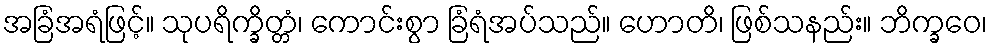
အခြံအရံဖြင့်။ သုပရိက္ခိတ္တံ၊ ကောင်းစွာ ခြံရံအပ်သည်။ ဟောတိ၊ ဖြစ်သနည်း။ ဘိက္ခဝေ၊